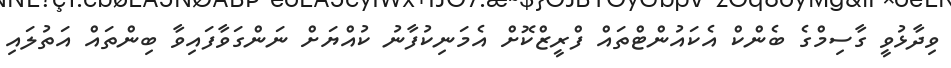
ވިދާޅުވީ ގާސިމްގެ ބެންކް އެކައުންޓްތައް ފްރީޒްކޮށް އެމަނިކުފާނު ކުއްޔަށް ނަންގަވާފައިވާ ބިންތައް އަތުލައި